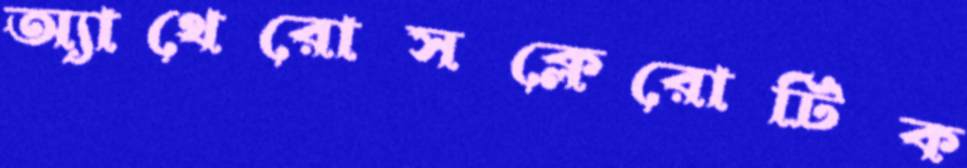
অ্যাথেরোসক্লেরোটিক